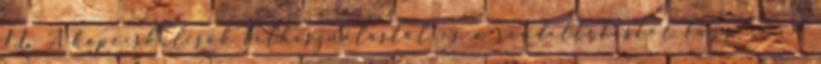
1.1. A kapocskulcsok felhasználástól és a rendeltetéstõl függõen: a